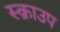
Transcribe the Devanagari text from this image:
स्क्राउप